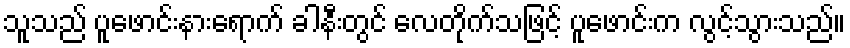
သူသည် ပူဖောင်းနားရောက် ခါနီးတွင် လေတိုက်သဖြင့် ပူဖောင်းက လွင့်သွားသည်။